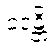
ဝဒန္တိ